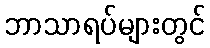
ဘာသာရပ်များတွင်